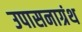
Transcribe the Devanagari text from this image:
उपासनाग्रंथ